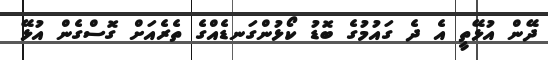
ދޭން އުޅޭތީ އެ ދެ ގައުމުގެ ބޮޑު ކޯޅުންގަނޑެއްގެ ތެރެއަށް ގޮސްގެން އުޅޭ